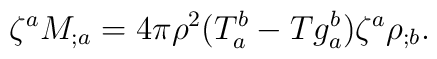
\zeta^a M_{;a} = 4\pi\rho^2 (T_a^b - T g_a^b) \zeta^a \rho_{;b}.